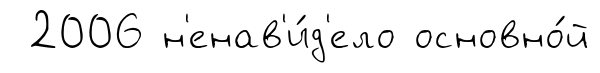
2006 н'енав'и́д'ело основно́й